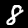
Label: 8